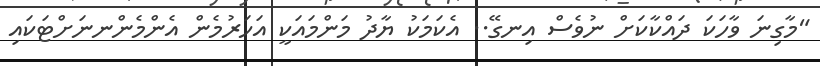
"މާގިނަ ވާހަކަ ދައްކާކަށް ނުވެސް އިނގޭ.. އެކަމަކު ޔާދު މަންމައަކީ އަހަރުމެން އެންމެންނނަށްޓަކައި